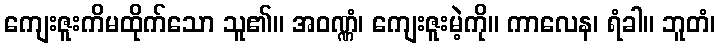
ကျေးဇူးကိမထိုက်သော သူ၏။ အဝဏ္ဏံ၊ ကျေးဇူးမဲ့ကို။ ကာလေန၊ ရံခါ။ ဘူတံ၊